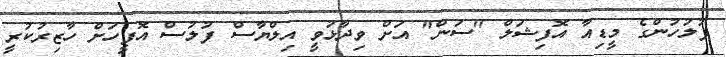
ފުލުހުންގެ މީޑިއާ އޮފިޝަލް "ސަން" އަށް ވިދާޅުވީ އިލްޔާސް ފުލުސް އޮފީހަށް ހާޒިރުކުރީ